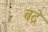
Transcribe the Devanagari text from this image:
बद्रे